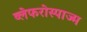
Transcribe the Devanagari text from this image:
ब्लेफरोस्पाज्म